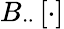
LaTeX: B_{\cdot\cdot}\left[\cdot\right]